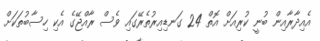
އެއިދާރާއިން ބުނީ ކުރިއަށް އޮތް 24 ގަނޑިއިރުތެރޭގައި ވެސް ރާއްޖޭގެ އެކި ހިސާބުތަކަށް